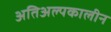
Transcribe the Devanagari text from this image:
अतिअल्पकालीन